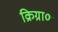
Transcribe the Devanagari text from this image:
क्रिग्रा०